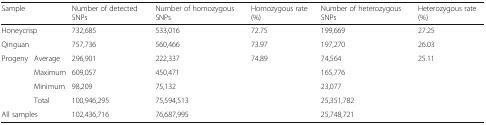
<table><thead><tr><td colspan="2"><b>Sample</b></td><td><b>Number of detected SNPs</b></td><td><b>Number of homozygous SNPs</b></td><td><b>Homozygous rate (%)</b></td><td><b>Number of heterozygous SNPs</b></td><td><b>Heterozygous rate (%)</b></td></tr></thead><tbody><tr><td colspan="2">Honeycrisp</td><td>732,685</td><td>533,016</td><td>72.75</td><td>199,669</td><td>27.25</td></tr><tr><td colspan="2">Qinguan</td><td>757,736</td><td>560,466</td><td>73.97</td><td>197,270</td><td>26.03</td></tr><tr><td>Progeny</td><td>Average</td><td>296,901</td><td>222,337</td><td>74.89</td><td>74,564</td><td>25.11</td></tr><tr><td></td><td>Maximum</td><td>609,057</td><td>450,471</td><td></td><td>165,776</td><td></td></tr><tr><td></td><td>Minimum</td><td>98,209</td><td>75,132</td><td></td><td>23,077</td><td></td></tr><tr><td></td><td>Total</td><td>100,946,295</td><td>75,594,513</td><td></td><td>25,351,782</td><td></td></tr><tr><td colspan="2">All samples</td><td>102,436,716</td><td>76,687,995</td><td></td><td>25,748,721</td><td></td></tr></tbody></table>